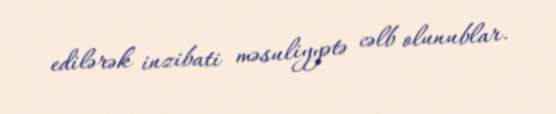
edilərək inzibati məsuliyyətə cəlb olunublar.